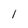
Character: I